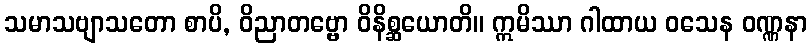
သမာသဗျာသတော စာပိ, ဝိညာတဗ္ဗော ဝိနိစ္ဆယောတိ။ ဣမိဿာ ဂါထာယ ဝသေန ဝဏ္ဏနာ